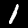
Label: 1